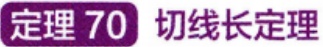
定理 70 切线长定理